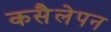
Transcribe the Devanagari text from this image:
कसैलेपन